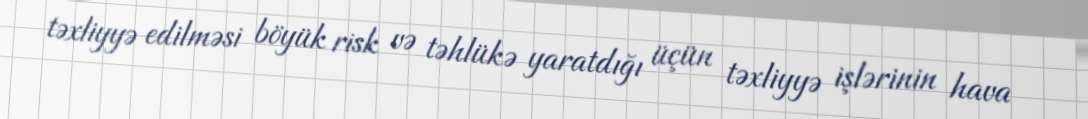
təxliyyə edilməsi böyük risk və təhlükə yaratdığı üçün təxliyyə işlərinin hava